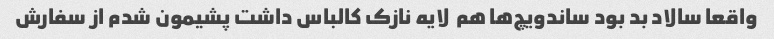
واقعا سالاد بد بود ساندویچ‌ها هم  لایه نازک کالباس داشت پشیمون شدم از سفارش